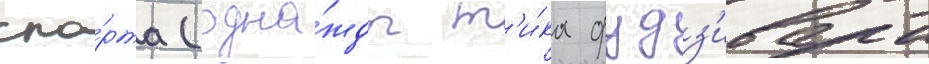
спо́рта (одна́жды т'и́ка фудз'ивара